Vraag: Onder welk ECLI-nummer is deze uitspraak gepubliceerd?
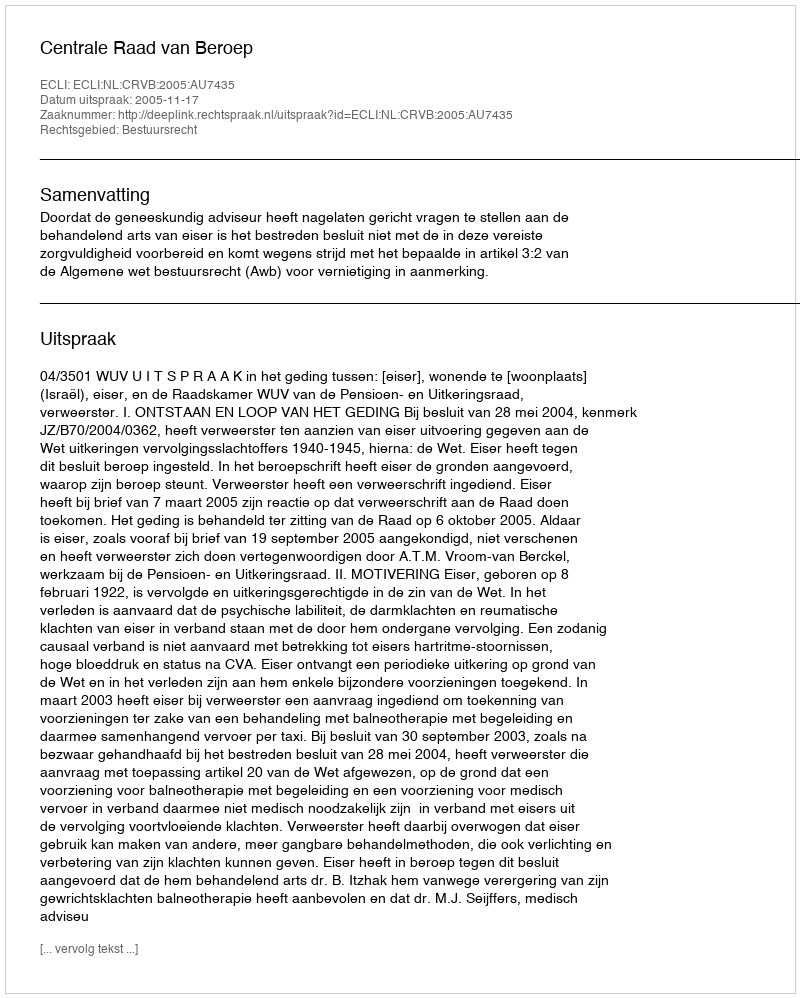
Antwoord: ECLI:NL:CRVB:2005:AU7435